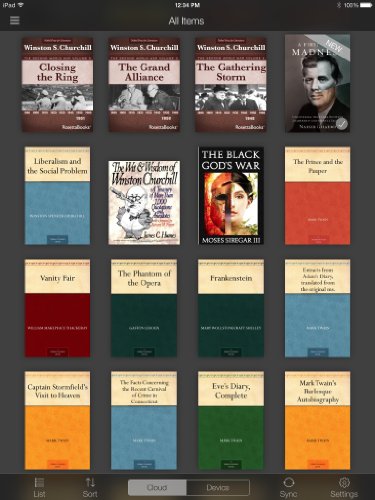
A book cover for Ebooks: Goodbye Kindle, Hello iPad 3!; Jim Lynch; Computers & Technology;